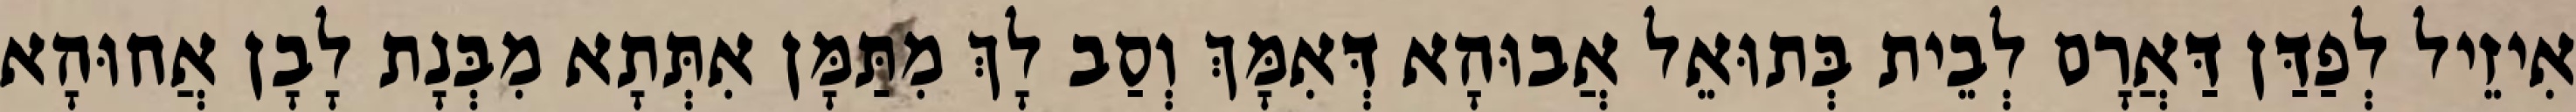
אִיזֵיל לְפַדַּן דַּאֲרָם לְבֵית בְּתוּאֵל אֲבוּהָא דְּאִמָּךְ וְסַב לָךְ מִתַּמָּן אִתְּתָא מִבְּנָת לָבָן אֲחוּהָא